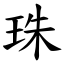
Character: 珠